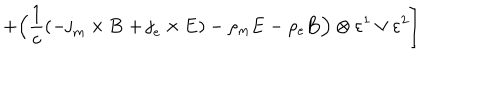
+ \Bigl ( \frac 1 c \left( - { \bf j } _ { m } \times { \bf B } + { \bf j } _ { e } \times { \bf E } \right) - \rho _ { m } { \bf E } - \rho _ { e } { \bf B } \Bigr ) \otimes \varepsilon ^ { 1 } \vee \varepsilon ^ { 2 } \Biggr ]